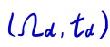
$(\Omega_d, t_d)$